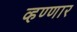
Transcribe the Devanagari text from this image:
व्हण्णार